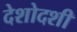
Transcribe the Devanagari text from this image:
देशोदशी